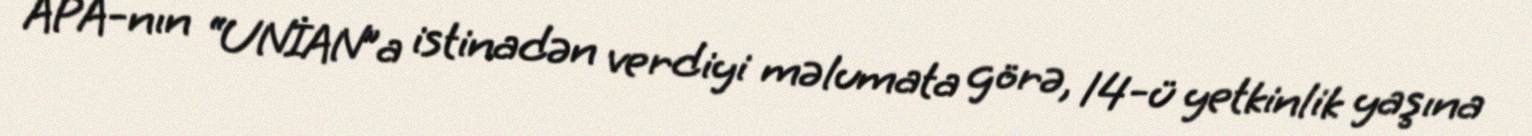
APA-nın “UNİAN”a istinadən verdiyi məlumata görə, 14-ü yetkinlik yaşına